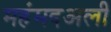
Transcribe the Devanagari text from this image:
महंमदअली